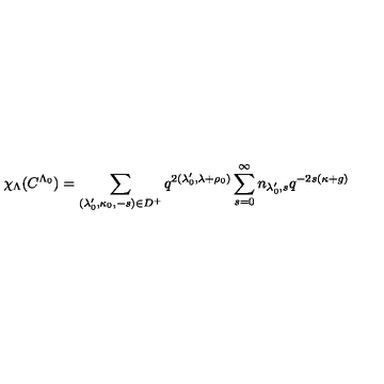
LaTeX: \chi _ { \Lambda } ( C ^ { \Lambda _ { 0 } } ) = \sum _ { ( \lambda _ { 0 } ^ { \prime } , \kappa _ { 0 } , - s ) \in D ^ { + } } q ^ { 2 ( \lambda _ { 0 } ^ { \prime } , \lambda + \rho _ { 0 } ) } \sum _ { s = 0 } ^ { \infty } n _ { \lambda _ { 0 } ^ { \prime } , s } q ^ { - 2 s ( \kappa + g ) }